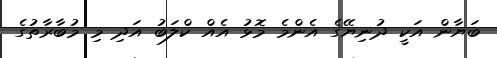
ބަޔާން އަކީ ދުނިޔޭގެ އެންމެ މޮޅު އެއް ކްލަބު އަދި މި މުބާރާތުގެ